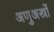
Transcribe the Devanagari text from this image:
अणुअस्त्रों